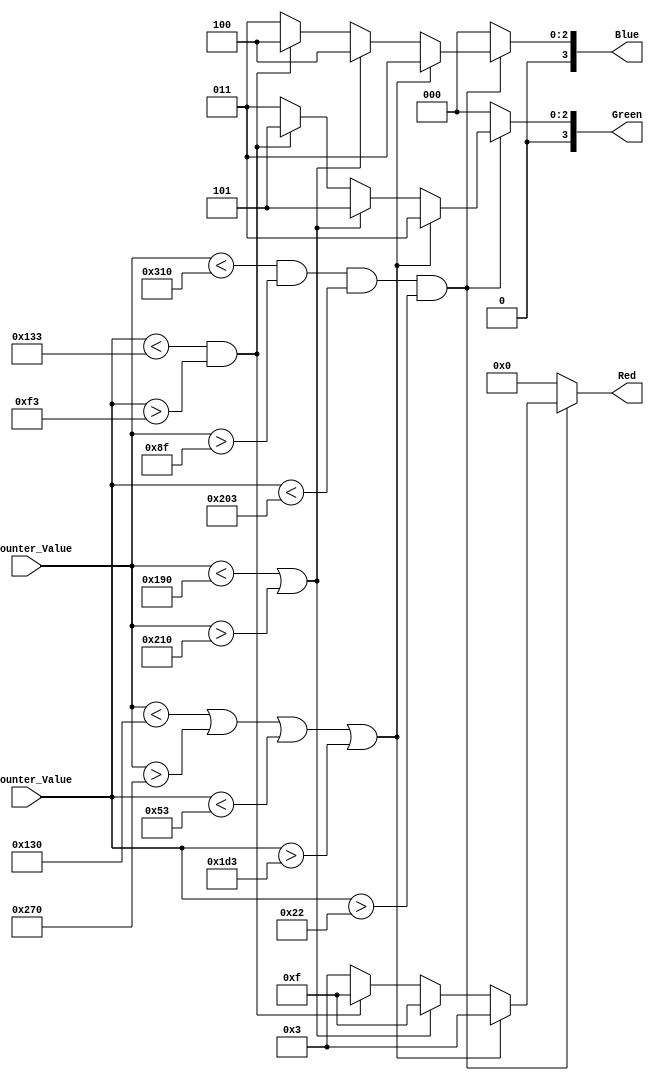
`timescale 1ns / 1ps
//////////////////////////////////////////////////////////////////////////////////
// Company: 
// Engineer: 
// 
// Design Name: 
// Module Name: display_H
// Project Name: 
// Target Devices: 
// Tool Versions: 
// Description: 
// 
// Dependencies: 
// 
// Revision:
// Revision 0.01 - File Created
// Additional Comments:
// 
//////////////////////////////////////////////////////////////////////////////////


module display_H(
    input [15:0] H_Counter_Value,
    input [15:0] V_Counter_Value,
    output reg [3:0] Red,
    output reg [3:0] Green,
    output reg [3:0] Blue
    );
    
    // reg dark;
    
    always @(*) begin
        if (!(H_Counter_Value < 784 && H_Counter_Value >143 && V_Counter_Value <515 && V_Counter_Value > 34)) begin
            Red = 4'h0; Blue = 4'h0; Green = 4'h0;
        end else if (H_Counter_Value < 304 || H_Counter_Value > 624 || V_Counter_Value < 83 || V_Counter_Value > 467) begin
            // make gray
            Red = 4'h3;
            Green = 4'h3;
            Blue = 4'h3;
        end else if (H_Counter_Value < 400 || H_Counter_Value > 528) begin
            // make orange
            Red = 4'hf;
            Green = 4'h5;
            Blue = 4'h4;
        end else begin
            if (V_Counter_Value < 307 && V_Counter_Value > 243) begin
                // make orange
                Red = 4'hf;
                Green = 4'h5;
                Blue = 4'h4;
            end
            else begin
                // make gray
                Red = 4'h3;
                Green = 4'h3;
                Blue = 4'h3;
            end
        end
    end
  
endmodule